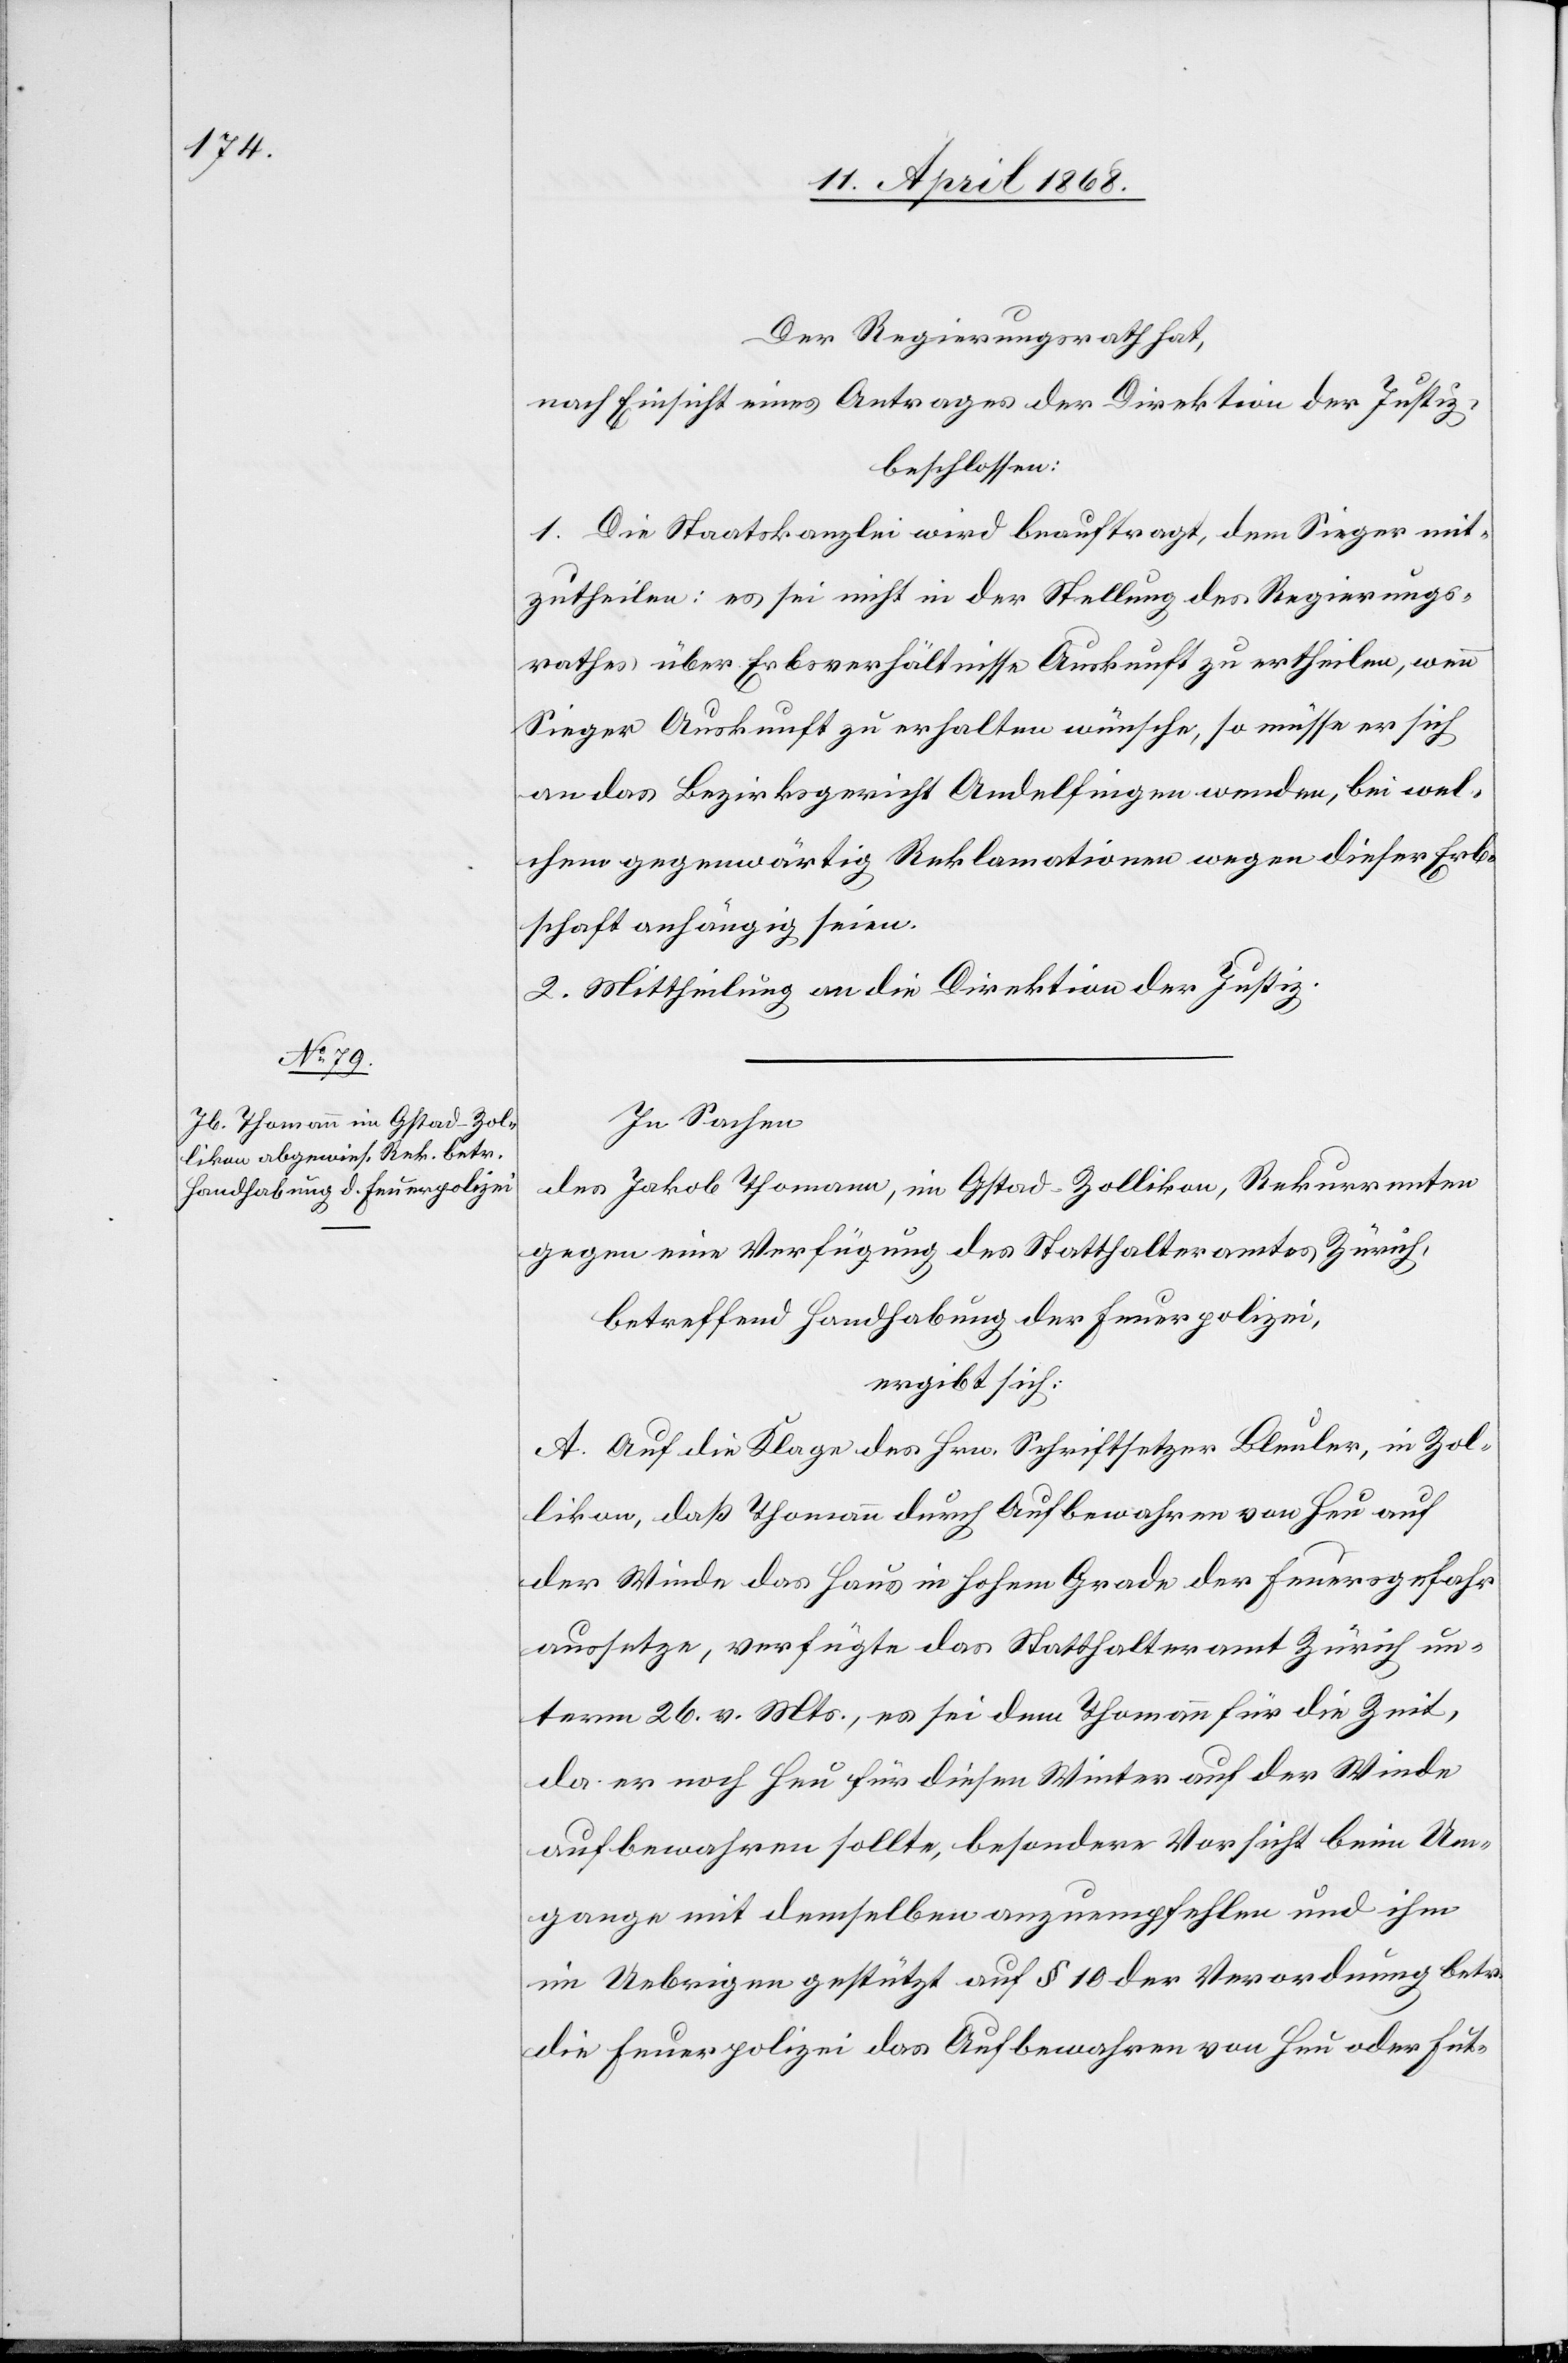
Der Regierungsrath hat,
nach Einsicht eines Antrages der Direktion der Justiz,
beschlossen:
1. Die Staatskanzlei wird beauftragt, dem Sieger mit¬
zutheilen: es sei nicht in der Stellung des Regierungs¬
rathes über Erbsverhältnisse Auskunft zu ertheilen, wenn
Sieger Auskunft zu erhalten wünsche, so müsse er sich
an das Bezirksgericht Andelfingen wenden, bei wel¬
chem gegenwärtig Reklamationen wegen dieser Erb¬
schaft anhängig seien.
2. Mittheilung an die Direktion der Justiz.
In Sachen
des Jakob Thomann, im Gstad-Zollikon, Rekurrenten
gegen eine Verfügung des Statthalteramtes Zürich,
betreffend Handhabung der Feuerpolizei,
ergibt sich:
A. Auf die Klage des Hrn. Schriftsetzer Bleuler, in Zol¬
likon, daß Thomann durch Aufbewahren von Heu auf
der Winde das Haus in hohem Grade der Feuersgefahr
aussetze, verfügte das Statthalteramt Zürich un¬
term 26. v. Mts., es sei dem Thomann für die Zeit,
da er noch Heu für diesen Winter auf der Winde
aufbewahren sollte, besondere Vorsicht beim Um¬
gange mit demselben anzuempfehlen und ihm
im Uebrigen gestützt auf § 10 der Verordnung betr.
die Feuerpolizei das Aufbewahren von Heu oder Fut-